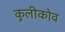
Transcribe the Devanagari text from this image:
कुलीकोव